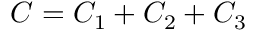
C = C _ { 1 } + C _ { 2 } + C _ { 3 }